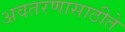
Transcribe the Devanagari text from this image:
अवतरणासाठीते